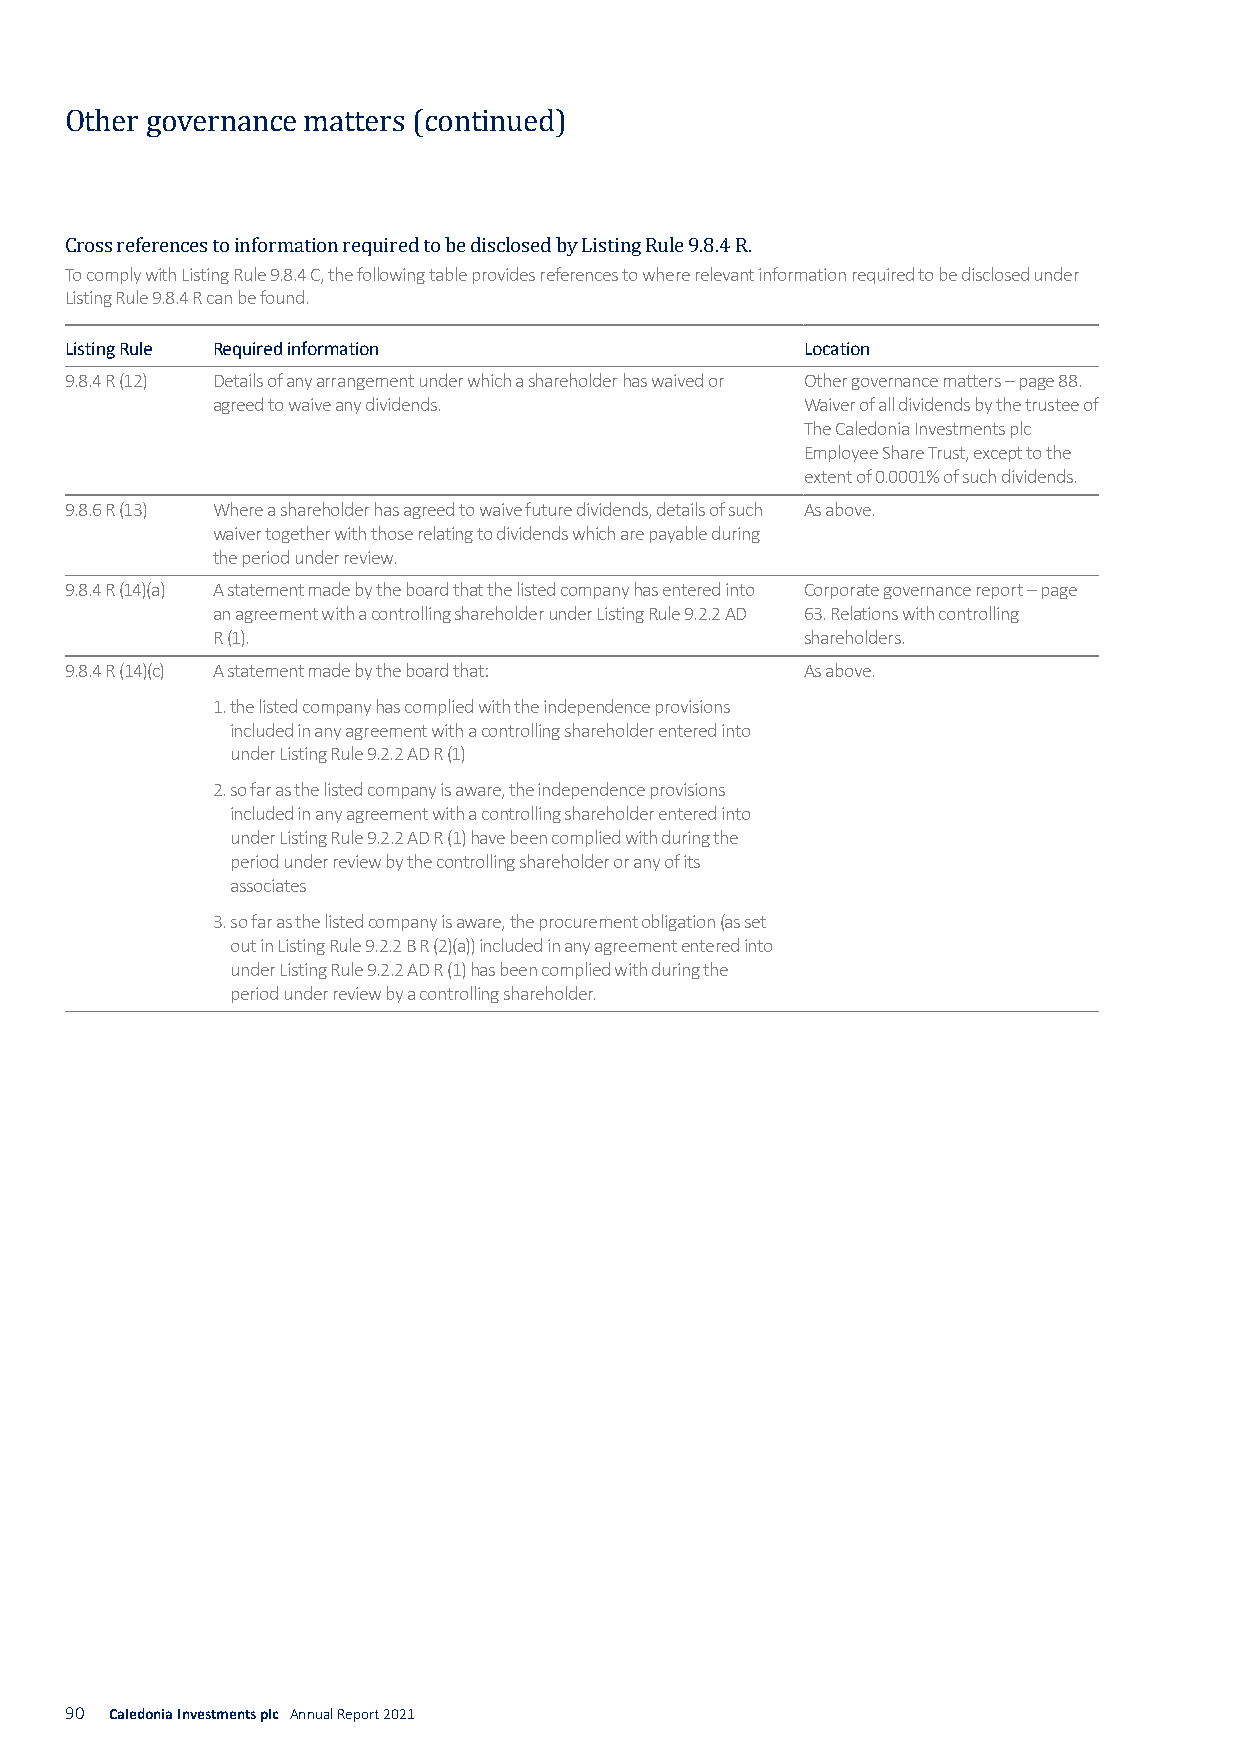
Other governance matters (continued)
 To comply with Listing Rule 9.8.4 C, the following table provides references to where relevant information required to be disclosed under
 CLirstoinsgs Rreuflee r9e.8n.4c eRs c taon ibnef oforumnadt. ion required to be disclosed by Listing Rule 9.8.4 R.
 Listing Rule Required information                Location
 9.8.4 R (12) Details of any arrangement under which a shareholder has waived or Other governance matters – page 88.
 agreed to waive any dividends.         Waiver of all dividends by the trustee of
 The Caledonia Investments plc
 Employee Share Trust, except to the
 extent of 0.0001% of such dividends.
 9.8.6 R (13) Where a shareholder has agreed to waive future dividends, details of such As above.
 waiver together with those relating to dividends which are payable during
 the period under review.
 9.8.4 R (14)(a) A statement made by the board that the listed company has entered into Corporate governance report – page
 an agreement with a controlling shareholder under Listing Rule 9.2.2 AD 63. Relations with controlling
 R (1).                                 shareholders.
 9.8.4 R (14)(c) A statement made by the board that: As above.
 1. t he listed company has complied with the independence provisions
 included in any agreement with a controlling shareholder entered into
 under Listing Rule 9.2.2 AD R (1)
 2. s o far as the listed company is aware, the independence provisions
 included in any agreement with a controlling shareholder entered into
 under Listing Rule 9.2.2 AD R (1) have been complied with during the
 period under review by the controlling shareholder or any of its
 associates
 3. so far as the listed company is aware, the procurement obligatio n(as set
 out in Listing Rule 9.2.2 B R (2)(a)) included in any agreement entered into
 under Listing Rule 9.2.2 AD R (1) has been complie dwith during the
 period under review by a controlling shareholder.
 90 Caledonia Investments plc Annual Report 2021